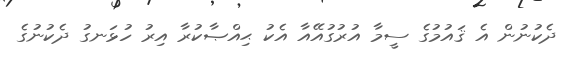
ދެކުނުން އެ ޤައުމުގެ ސީމާ އުރުގުއޭއާ އެކު ޙިއްޞާކުރާ އިރު ހުޅަނގު ދެކުނުގެ